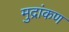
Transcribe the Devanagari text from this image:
मुद्रांकण